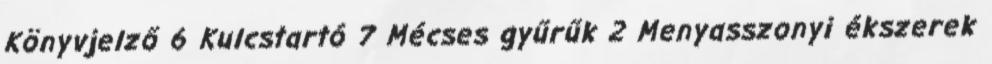
Könyvjelző 6 Kulcstartó 7 Mécses gyűrűk 2 Menyasszonyi ékszerek